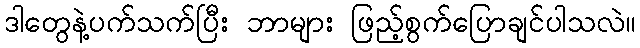
ဒါတွေနဲ့ပက်သက်ပြီး ဘာများ ဖြည့်စွက်ပြောချင်ပါသလဲ။